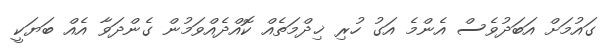
ގައުމަށް އަބަދުވެސް އެންމެ އަގު ހުރި ޚިދްމަތެއް ކޮއްދެއްވަމުން ގެންދަވާ އެއް ބަޔަކީ